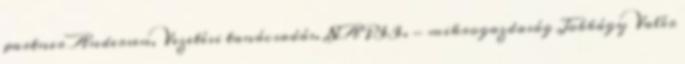
partner Andersen, Vezetési tanácsadás. NAPII. - mikrogazdaság Jobbágy Valér